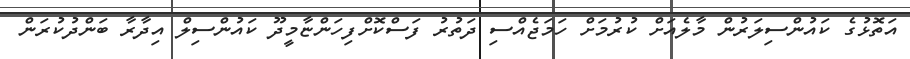
އަތޮޅުގެ ކައުންސިލަރުން މާލެއަށް ކުރުމަށް ހަމަޖެއްސި ދަތުރު ފަސްކޮށްފިހަންޏާމީދޫ ކައުންސިލް އިދާރާ ބަންދުކުރަން